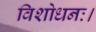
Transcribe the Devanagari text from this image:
विशोधनः।